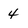
Character: 4